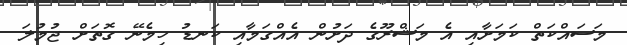
މަސައްކަތް ކަމަށާއި އެ މަޝްރޫގެ ދަށުން އެއްގަމާއި ކަނޑު ހިމެނޭ ގޮތަށް ޖުމުލަ